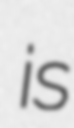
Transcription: is